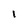
Character: l